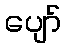
ပျော်